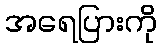
အရေပြားကို